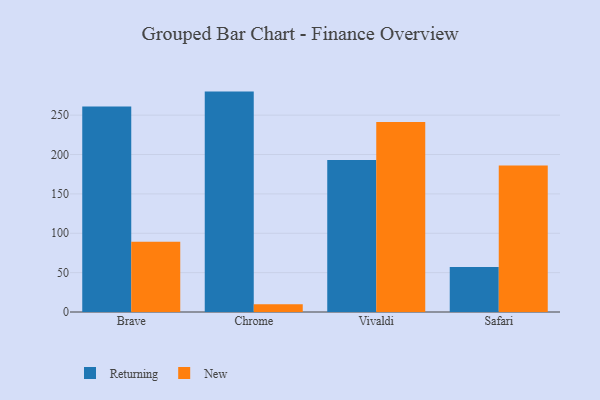
{"axis": {"x": "Browser", "y": "Active Users"}, "legend": ["New", "Returning"], "data": [{"x": "Brave", "y": 261.0, "type": "Returning"}, {"x": "Brave", "y": 89.3, "type": "New"}, {"x": "Chrome", "y": 279.9, "type": "Returning"}, {"x": "Chrome", "y": 10.0, "type": "New"}, {"x": "Vivaldi", "y": 192.9, "type": "Returning"}, {"x": "Vivaldi", "y": 241.3, "type": "New"}, {"x": "Safari", "y": 57.0, "type": "Returning"}, {"x": "Safari", "y": 186.0, "type": "New"}]}